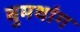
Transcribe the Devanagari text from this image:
बुमथांग